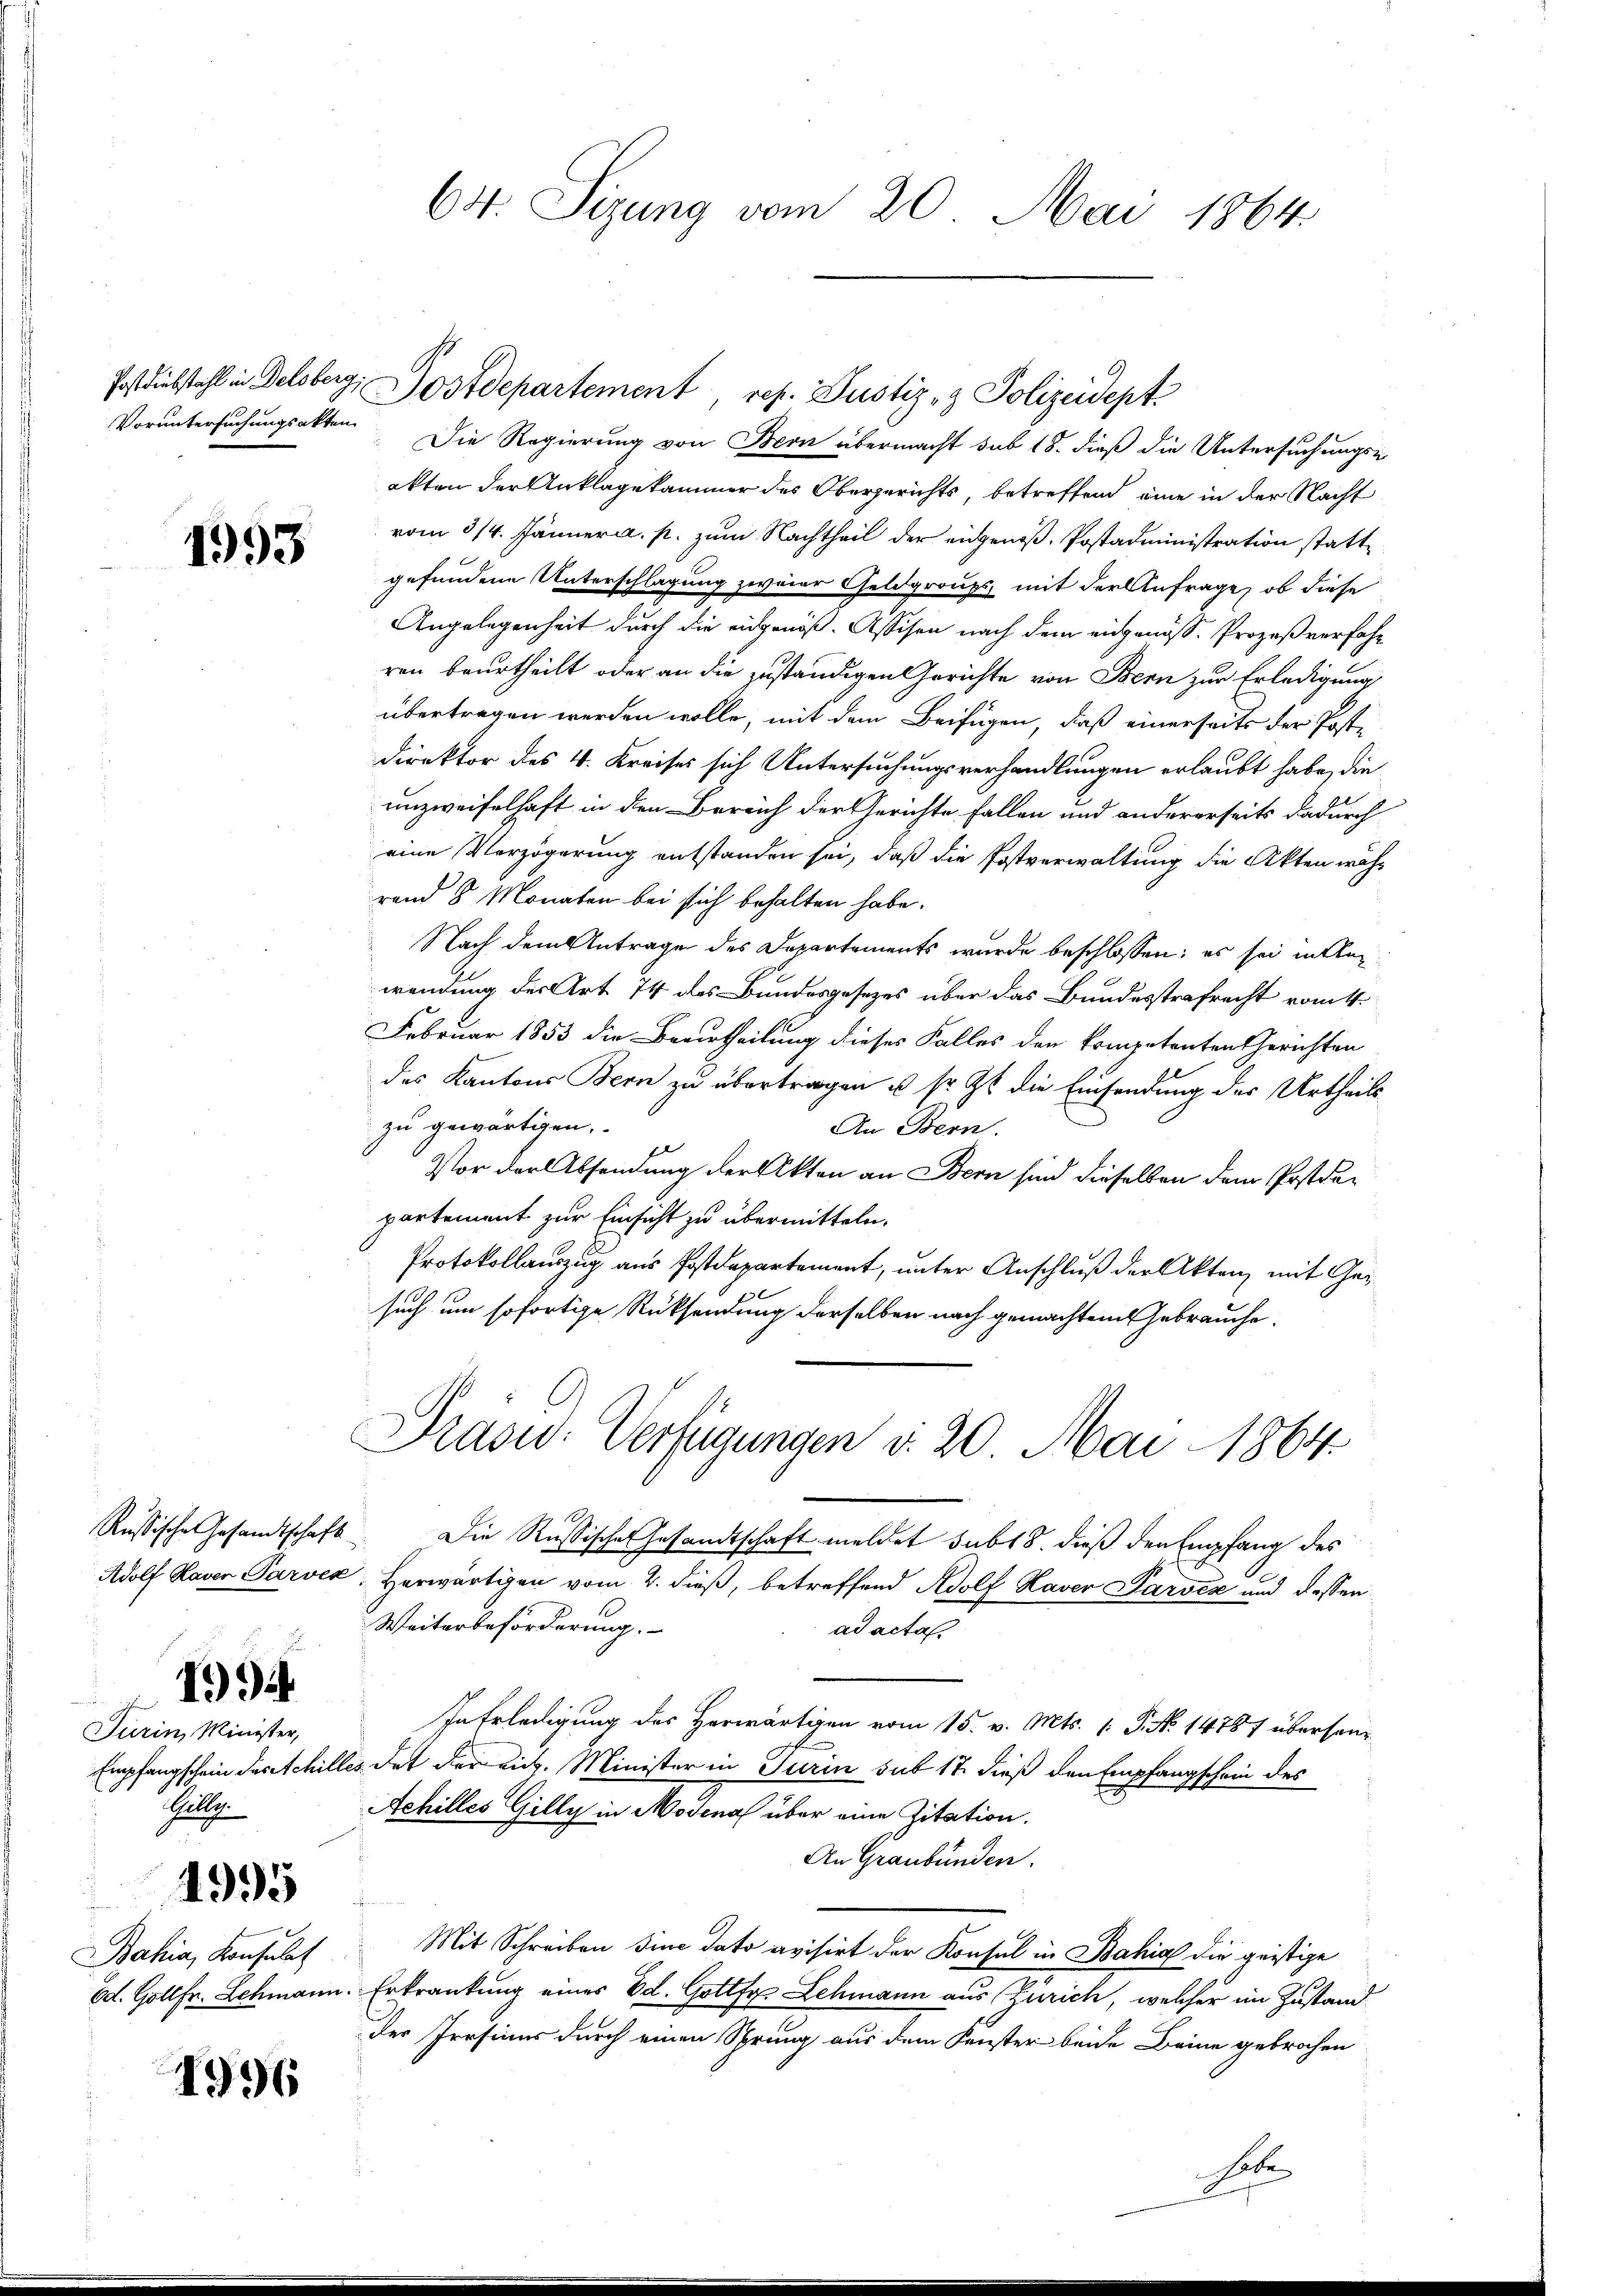
1993

Turin, Minister,
Gulg.

1994

Bahia, Konsulat

4995

1996

64. Sizung vom 20. Mai 1864.

Voruntersuchungsakten. Die Regierung von Bern übermacht sub 18. dieß die Untersuchungs-
akten der Anklagekammer des Obergerichts, betreffend eine in der Nacht
vom 3/4. Jänner a. p. zum Nachtheil der eidgenoß, Postadministration stattgefundene Unterschlagung zweier Geldgroups mit der Anfrage, ob diese
Angelegenheit durch die eidgenöß. Assisen nach dem eidgenöss. Prozeß verfahr
ren beurtheilt oder an die zuständigen Gerichte von Bern zur Erledigung
übertragen werden wolle, mit dem Beifügen, daß einerseits der Post-
direktor des 4. Kreises sich Untersuchungsverhandlungen erlaubt habe, die
unzweifelhaft in den Bereich der Gerichte fallen und andererseits dadurch
eine Verzögerung entstanden sei, daß die Postverwaltung die Akten während 8 Monaten bei sich behalten habe.
Nach dem Antrage des Departements wurde beschlossen; es sei in Alex
wendung der Art. 74 des Bundesgesezes über das Bundesstrafrecht vom 4.
Februar 1853 die Verurtheilung dieses Falles den kompetenten Gerichten
des Kantons Bern zu übertragen u. sr. Zt. die Einsendung des Urtheilszu gewärtigen.
An Bern.
Vor der Absendung der Akten an Bern sind dieselben dem Postdepartement zur Einsicht zu übermitteln.
Protokollauszug aus Postdepartement, unter Anschluß der Akten mit Gesuch um sofortige Rücksendung derselben nach gemachten Gebrauche.
Präsid.- Verfügungen v. 20. Mai 1864.
Russische Gesandtschaft. Die Russisches Gesandtschaft meldet sub 18. dieß den Empfang des
Adolf Haver Parvek, Herwärtigen vom 2. dieß, betreffend Adolf Haver Sarvez und dessen
Weiterbeförderung.
ad actas
In Erledigung des Herwärtigen vom 15. v. Mts. 1 S. No 14787 übersen¬
Empfangschein das Schilles det der mich. Minister in Turin sub 17. dieß den Empfangschein des
Achilles Gilly in Modena über eine Zitation.
An Graubünden.
r
Mit Schreiben sine dato avisirt der Konsul in Bahia die geistige
Ed. Gollfr. Lehmann. Erkrankung eines Ed. Gottfy Schmann aus Zürich, welcher im Zustand
der Irrsinns durch einen Sprung aus dem Fenster beide Beine gebrochen

Postdiebstahl in Delsberg, Postdepartement rep. Justiz- & Polizeidept

habe